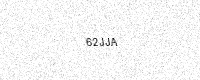
Text: 62JJA